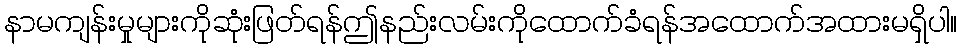
နာမကျန်းမှုများကိုဆုံးဖြတ်ရန်ဤနည်းလမ်းကိုထောက်ခံရန်အထောက်အထားမရှိပါ။